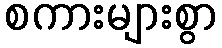
စကားများစွာ